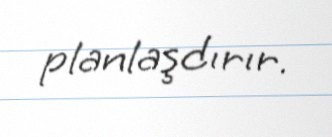
planlaşdırır.